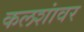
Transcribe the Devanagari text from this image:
कलशांवर